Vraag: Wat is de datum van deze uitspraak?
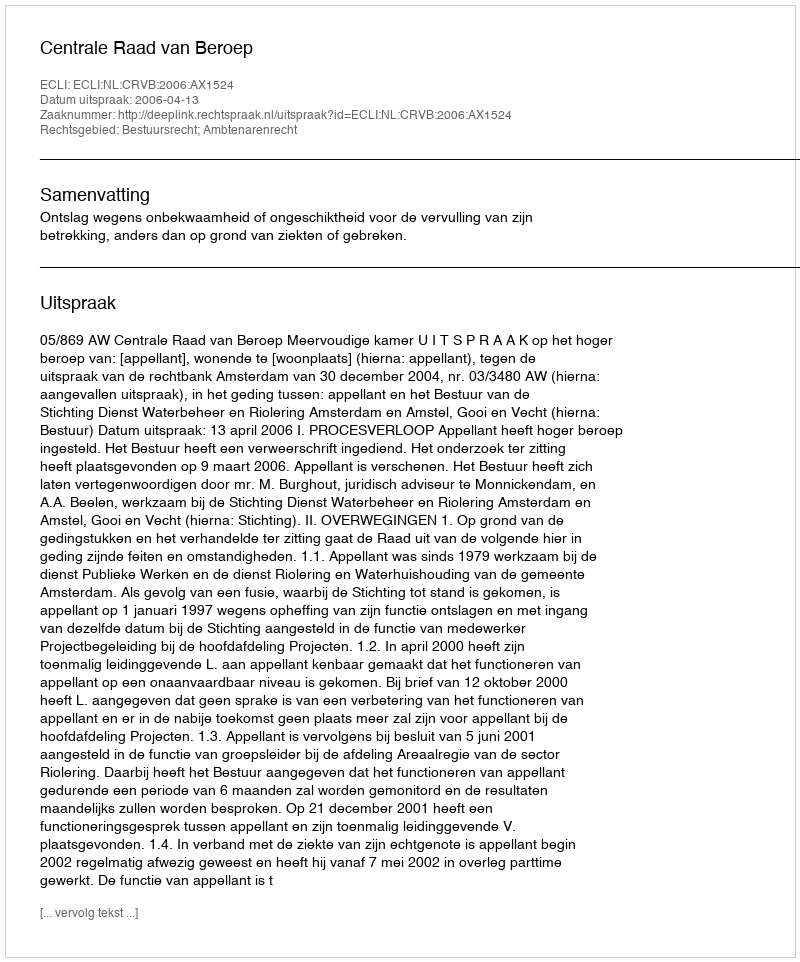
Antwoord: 2006-04-13